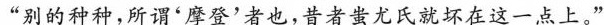
“别的种种,所谓‘摩登’者也,昔者蚩尤氏就坏在这一点上。